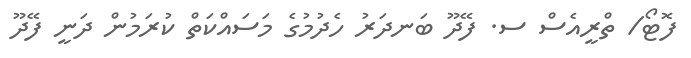
ފޮޓޯ/ ތްރީއެސް ސ. ފޭދޫ ބަނދަރު ހެދުމުގެ މަސައްކަތް ކުރަމުން ދަނީ ފޭދޫ